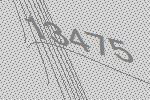
13475